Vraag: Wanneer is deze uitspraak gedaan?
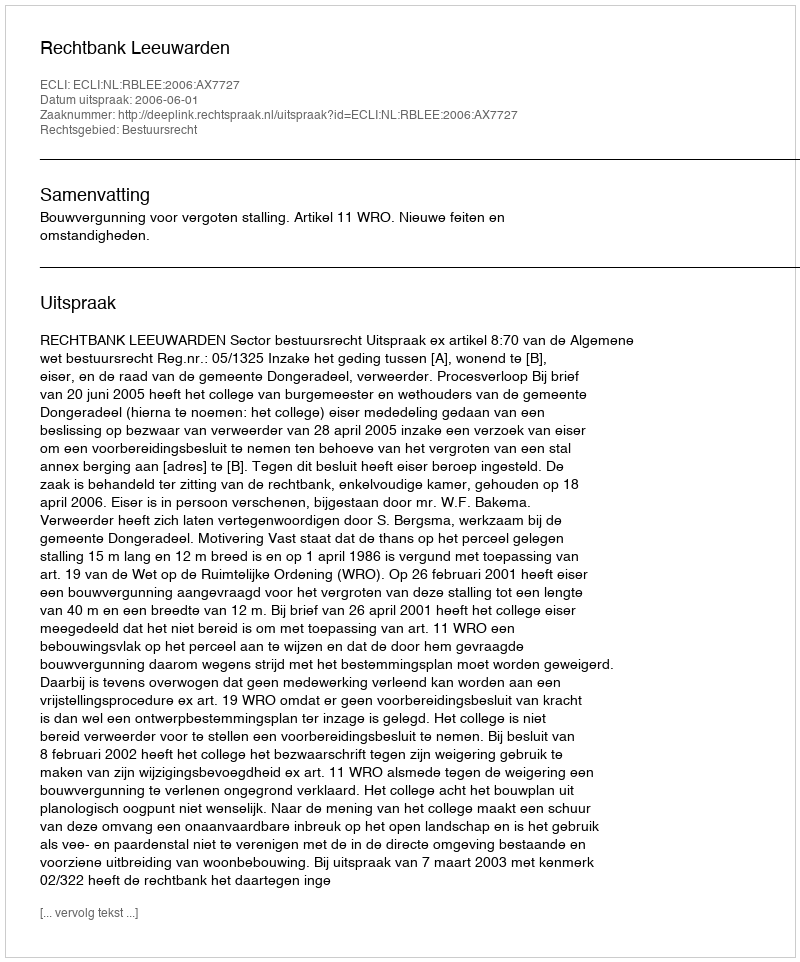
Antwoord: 2006-06-01